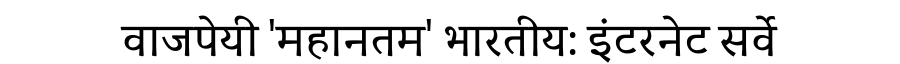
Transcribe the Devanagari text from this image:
वाजपेयी 'महानतम' भारतीय: इंटरनेट सर्वे